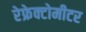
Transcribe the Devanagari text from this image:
रेफ्रेक्टोमीटर